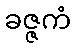
ခဇ္ဇကံ